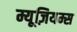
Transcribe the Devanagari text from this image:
म्यूज़ियम्स